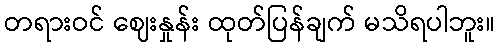
တရားဝင် ဈေးနှုန်း ထုတ်ပြန်ချက် မသိရပါဘူး။